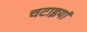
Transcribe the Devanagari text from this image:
चटाइयां